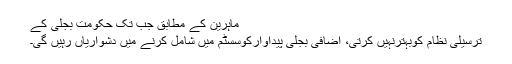
ماہرین کے مطابق جب تک حکومت بجلی کے
ترسیلی نظام کوبہترنہیں کرتی، اضافی بجلی پیداوارکوسسٹم میں شامل کرنے میں دشواریاں رہیں گی۔